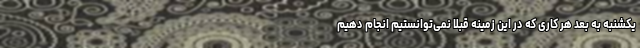
یکشنبه به بعد هر کاری که در این زمینه قبلا نمی‌توانستیم انجام دهیم